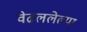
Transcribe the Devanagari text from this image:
वेढललेल्या